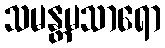
သမန္တမသာရော